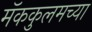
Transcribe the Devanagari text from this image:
मॅककुलमच्या